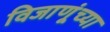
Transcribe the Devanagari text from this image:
विजाणूंच्या